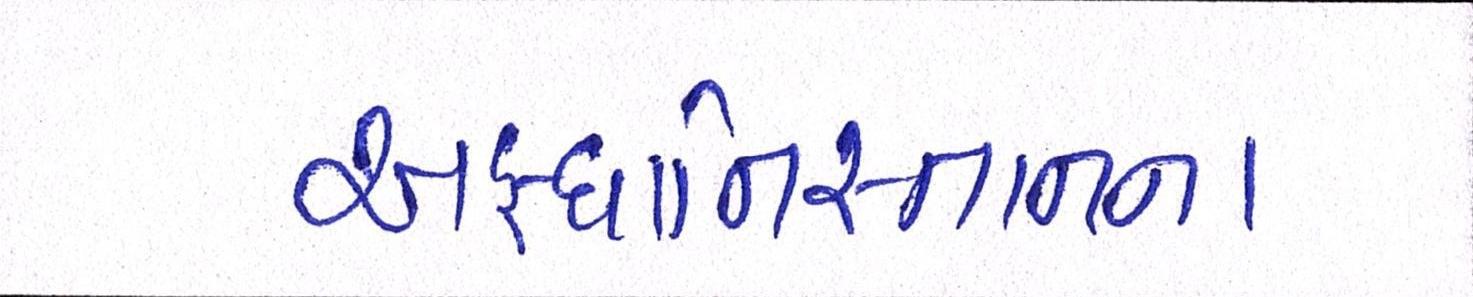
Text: અફઘાનિસ્તાનના